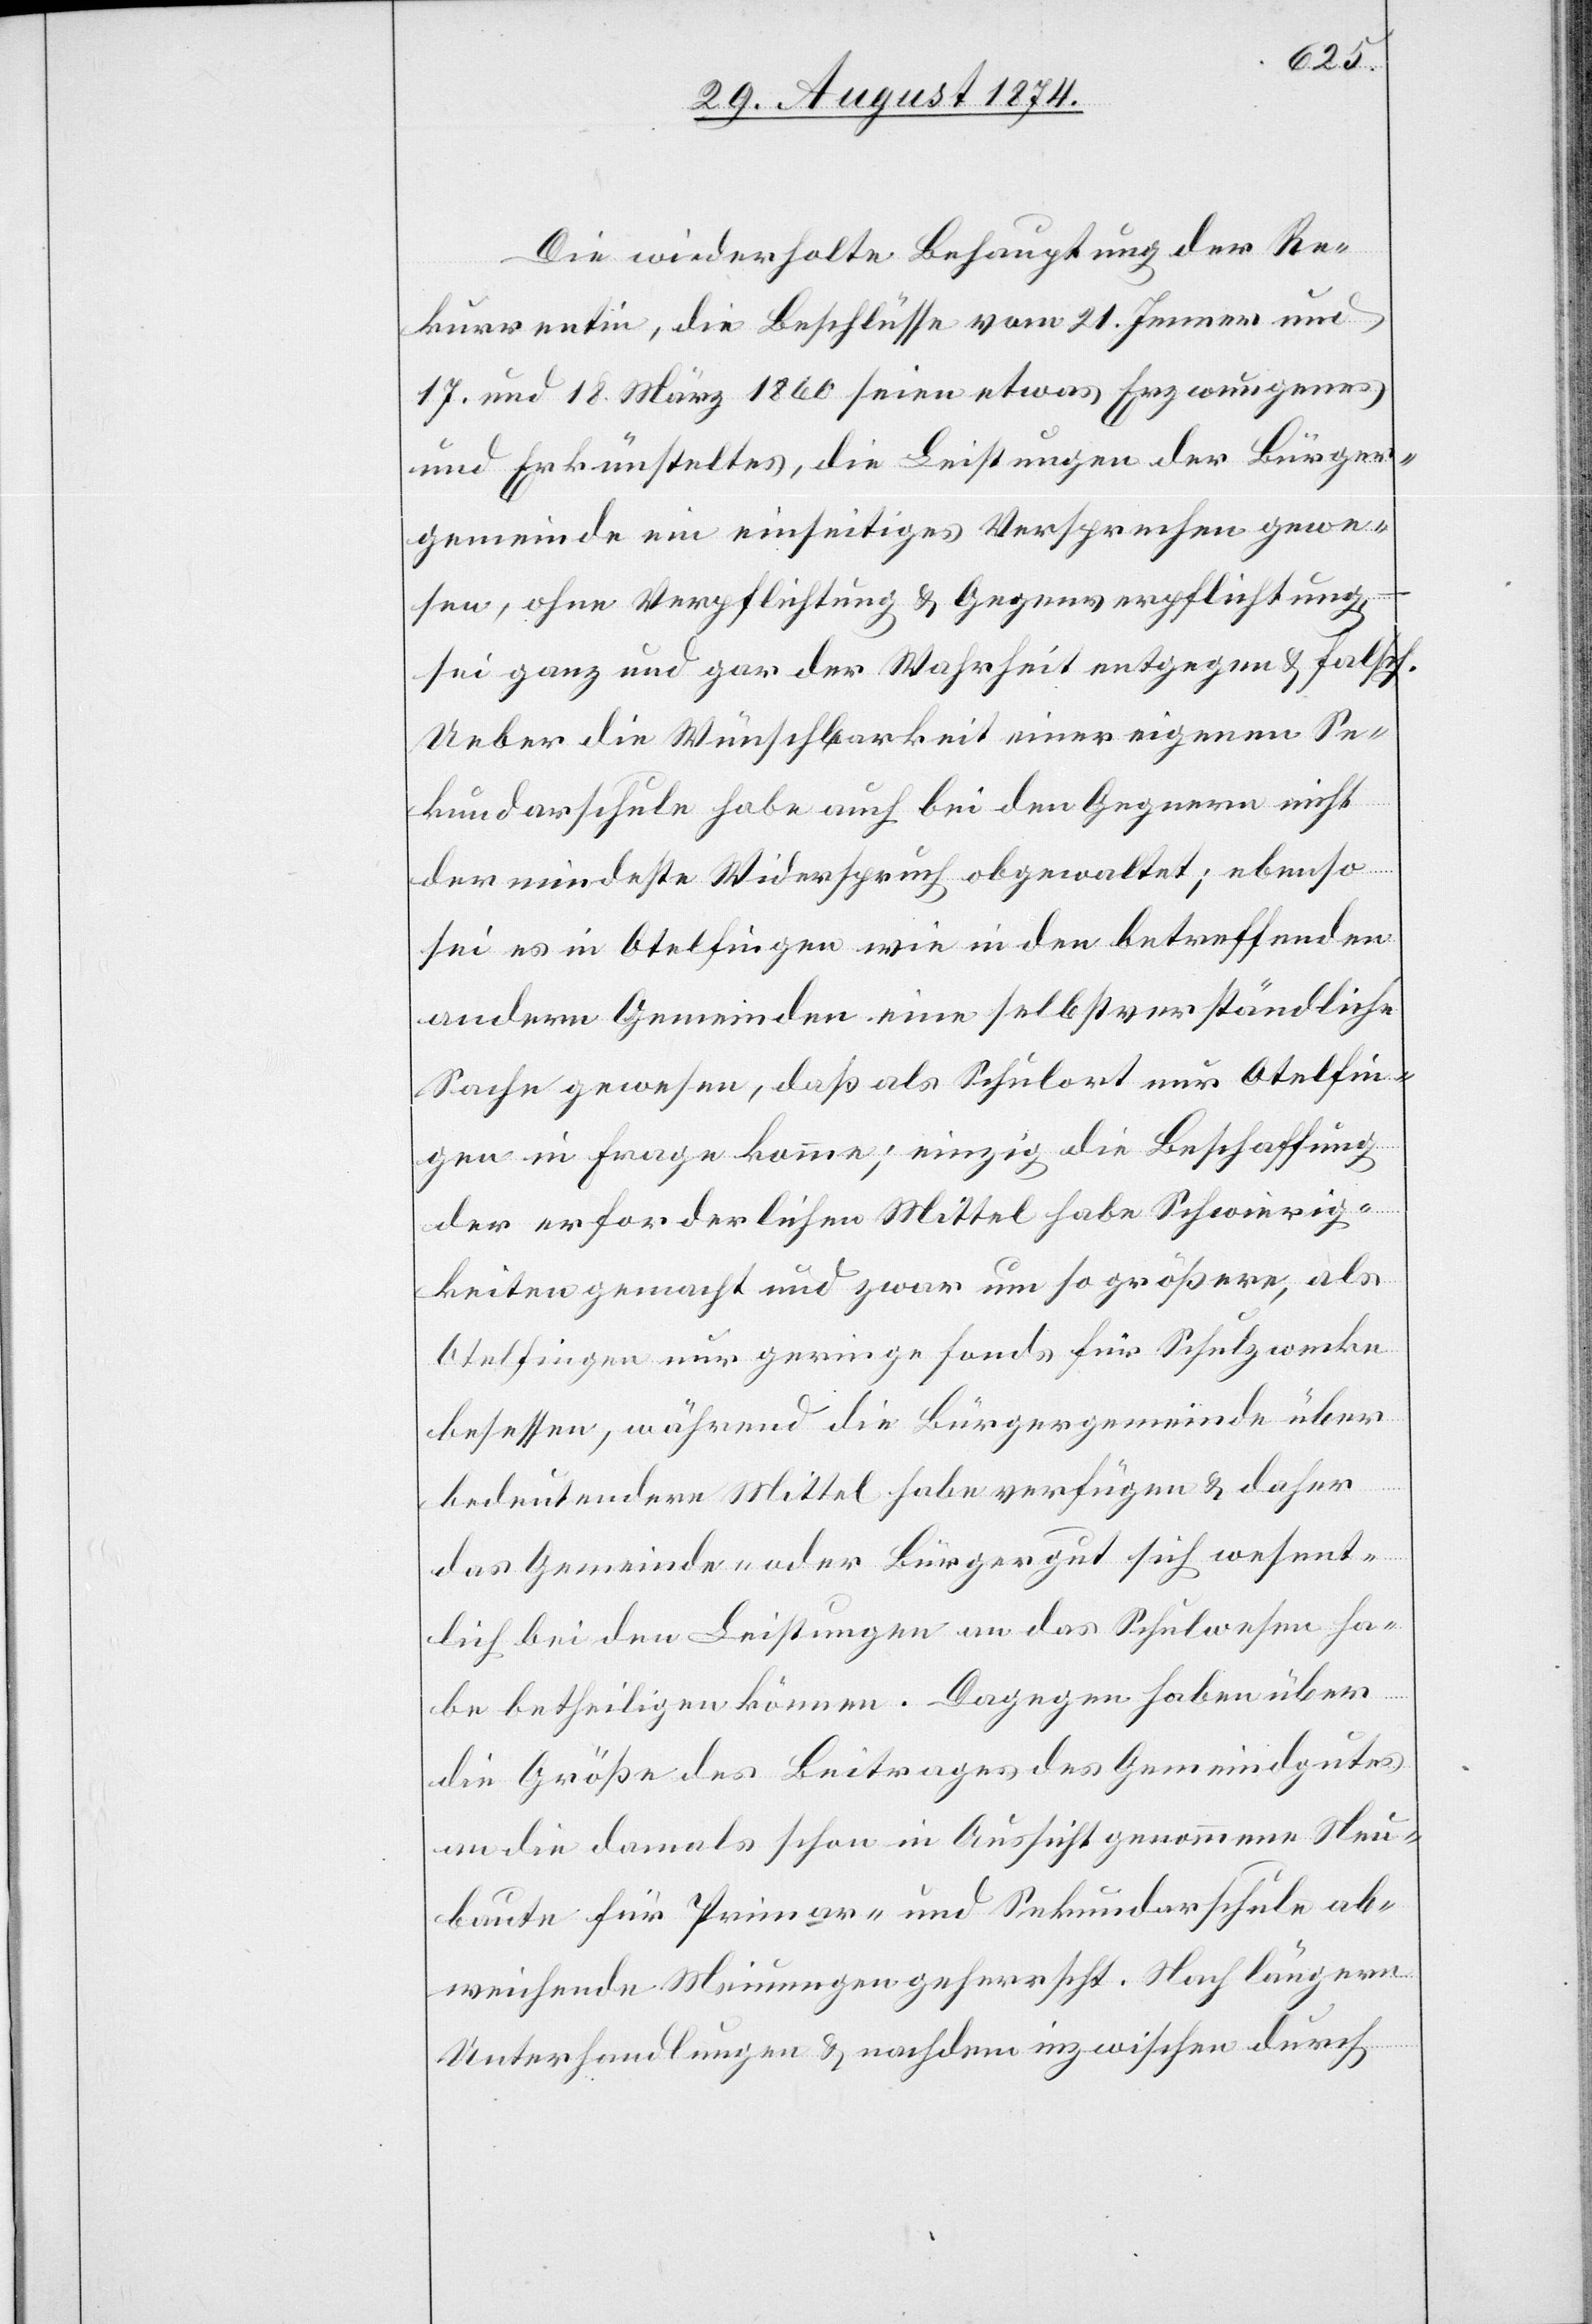
Die wiederholte Behauptung der Re¬
kurrentin, die Beschlüsse vom 21. Jenner und
17. und 18. März 1860 seien etwas Erzwungenes
und Erkünsteltes, die Leistungen der Bürger¬
gemeinde ein einseitiges Versprechen gewe¬
sen, ohne Verpflichtung u. Gegenverpflichtung,
sei ganz und gar der Wahrheit entgegen u. falsch.
Ueber die Wünschbarkeit einer eigenen Se¬
kundarschule habe auch bei den Gegnern nicht
der mindeste Wiederspruch obgewaltet; ebenso
sei es in Otelfingen wie in den betreffenden
andern Gemeinden eine selbstverständliche
Sache gewesen, daß als Schulort nur Otelfin¬
gen in Frage komme; einzig die Beschaffung
der erforderlichen Mittel habe Schwierig¬
keiten gemacht und zwar um so größere, als
Otelfingen nur geringe Fonds für Schulzwecke
besessen, während die Bürgergemeinde über
bedeutendere Mittel habe verfügen u. daher
das Gemeinde- oder Bürgergut sich wesent¬
lich bei den Leistungen an das Schulwesen ha¬
be betheiligen können. Dagegen haben über
die Größe des Beitrages des Gemeindgutes
an die damals schon in Aussicht genommene Neu¬
baute für Primar- und Sekundarschule ab¬
weichende Meinungen herrscht. Nach längern
Unterhandlungen u. nachdem inzwischen durch